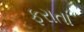
ફરાતા